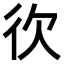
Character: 𢓑